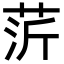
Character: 䓅